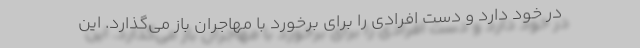
در خود دارد و دست افرادی را برای برخورد با مهاجران باز می‌گذارد. این